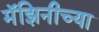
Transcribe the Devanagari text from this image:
मॅझिनीच्या